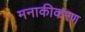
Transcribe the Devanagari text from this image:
मनाकीकरण